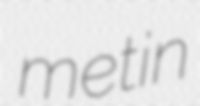
metin